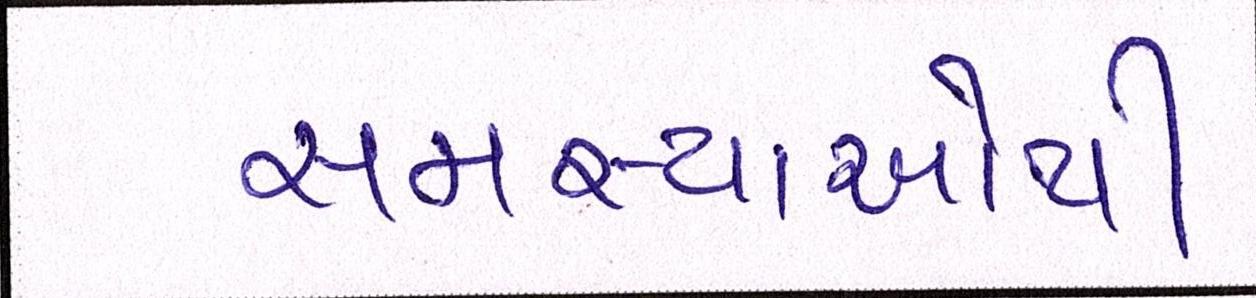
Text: સમસ્યાઓથી